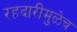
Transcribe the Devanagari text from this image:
रहदारीमुळेच